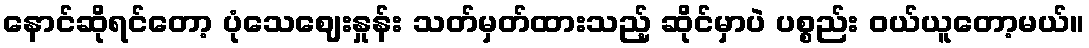
နောင်ဆိုရင်တော့ ပုံသေဈေးနှုန်း သတ်မှတ်ထားသည့် ဆိုင်မှာပဲ ပစ္စည်း ဝယ်ယူတော့မယ်။